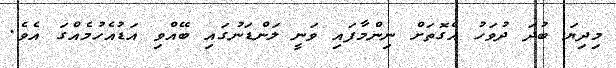
މިދިޔަ ބުދަ ދުވަހު އެގޮތަށް ނިންމާފައި ވަނީ ލަންޑަނުގައި ބޭއްވި އަޑުއެހުމެއްގަ އެވެ.